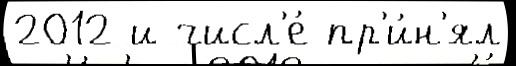
2012 и числ'е́ пр'и́н'ял